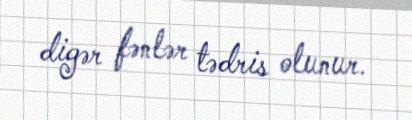
digər fənlər tədris olunur.